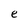
Character: e